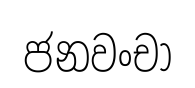
ජනවංචා